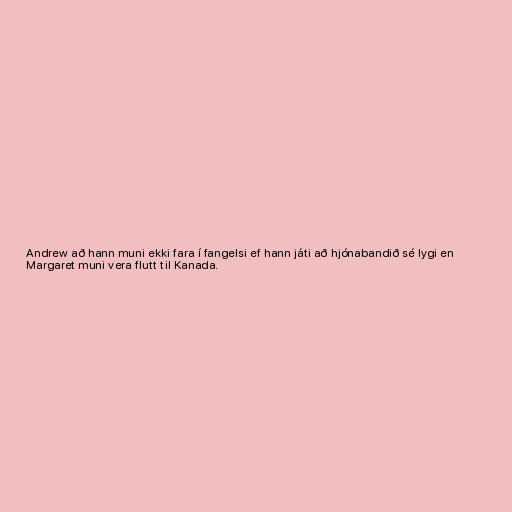
Andrew að hann muni ekki fara í fangelsi ef hann játi að hjónabandið sé lygi en
Margaret muni vera flutt til Kanada.